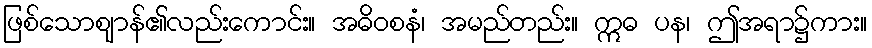
ဖြစ်သောဈာန်၏လည်းကောင်း။ အဓိဝစနံ၊ အမည်တည်း။ ဣဓ ပန၊ ဤအရာ၌ကား။